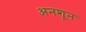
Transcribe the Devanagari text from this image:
अनशून